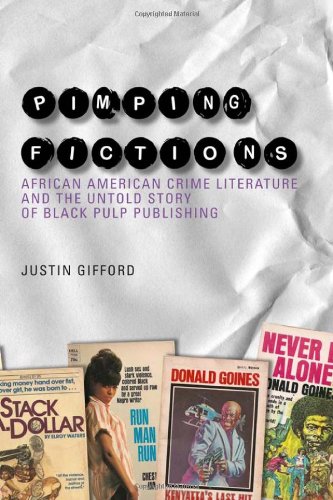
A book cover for Pimping Fictions: African American Crime Literature and the Untold Story of Black Pulp Publishing; Justin Gifford; Mystery, Thriller & Suspense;